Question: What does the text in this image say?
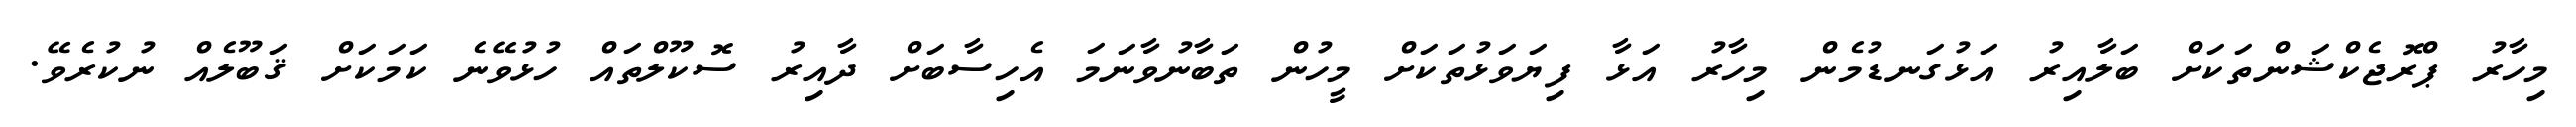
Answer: މިހާރު ޕްރޮޖެކްޝަންތަކަށް ބަލާއިރު އަޅުގަނޑުމެން މިހާރު އަޅާ ފިޔަވަޅުތަކަށް މީހުން ތަބާނުވާނަމަ އެހިސާބަށް ދާއިރު ސޮކޫލްތައް ހުޅުވޭނެ ކަމަކަށް ޤަބޫލެއް ނުކުރެވޭ.